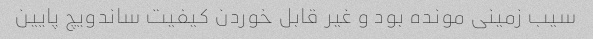
سیب زمینی مونده بود و غیر قابل خوردن کیفیت ساندویچ پایین